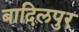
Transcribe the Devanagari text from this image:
बादिलपुर